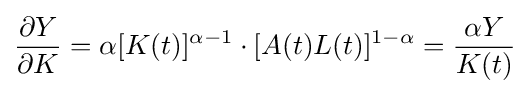
{\frac {\partial Y}{\partial K}}={\alpha }[K(t)]^{\alpha -1}\cdot [A(t)L(t)]^{1-\alpha }={\frac {{\alpha }Y}{K(t)}}